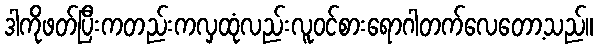
ဒါကိုဖတ်ပြီးကတည်းကလှထုံလည်းလူဝင်စားရောဂါတက်လေတော့သည်။